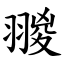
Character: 翪